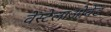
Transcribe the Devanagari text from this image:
वेस्टेलाओवेंड